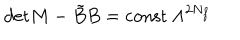
\mathrm { d e t } M - \tilde { B } B = \mathrm { c o n s t } \ \Lambda ^ { 2 N _ { f } }